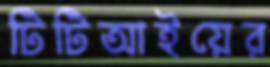
টিটিআইয়ের